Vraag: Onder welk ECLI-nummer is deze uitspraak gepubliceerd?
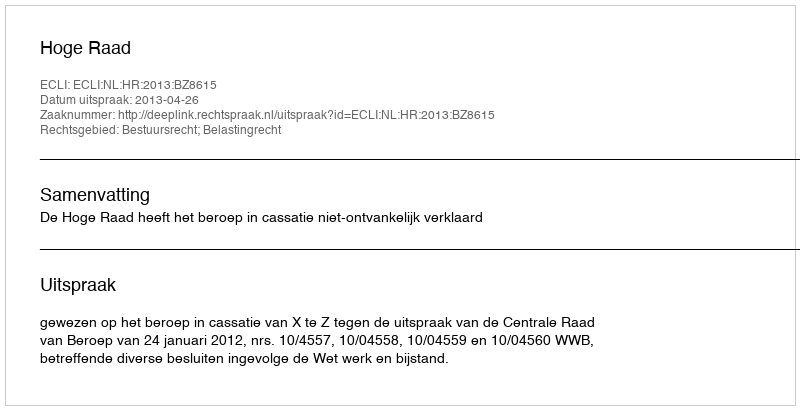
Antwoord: ECLI:NL:HR:2013:BZ8615